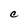
Character: C